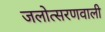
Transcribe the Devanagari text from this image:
जलोत्सरणवाली